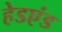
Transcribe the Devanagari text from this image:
हेडएंड